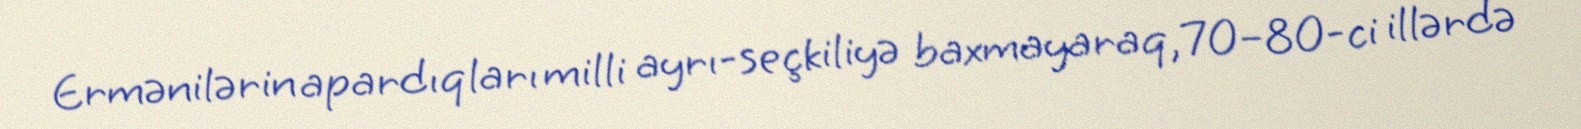
Ermənilərin apardıqları milli ayrı-seçkiliyə baxmayaraq, 70–80-ci illərdə